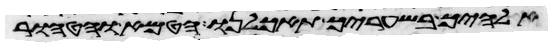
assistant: אלהיך בשעריך תאכלנו הטמא והטהור